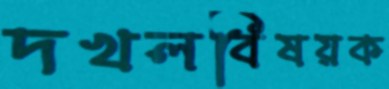
দখলবিষয়ক